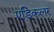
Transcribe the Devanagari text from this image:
एडिकलर